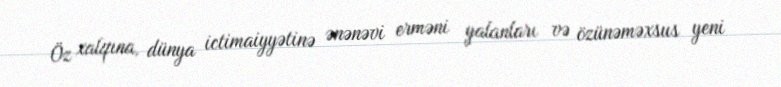
Öz xalqına, dünya ictimaiyyətinə ənənəvi erməni yalanları və özünəməxsus yeni